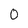
Character: 0